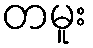
တမူး